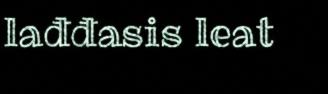
lađđasis leat